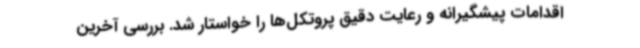
اقدامات پیشگیرانه و رعایت دقیق پروتکل‌ها را خواستار شد. بررسی آخرین